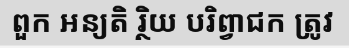
ពួក អន្យតិ រ្ថិយ បរិព្វាជក ត្រូវ